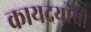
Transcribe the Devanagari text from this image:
कायदयांची